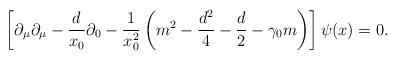
LaTeX: \begin{align*} \left[ \partial_\mu \partial_\mu-\frac{d}{x_0}\partial_0 - \frac{1}{x_0^2} \left( m^2 -\frac{d^2}{4}- \frac{d}{2}-\gamma_0m\right)\right] \psi(x) =0.\end{align*}